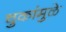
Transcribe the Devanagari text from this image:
चुकांमुळे